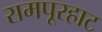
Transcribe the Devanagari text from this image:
रामपूरहाट